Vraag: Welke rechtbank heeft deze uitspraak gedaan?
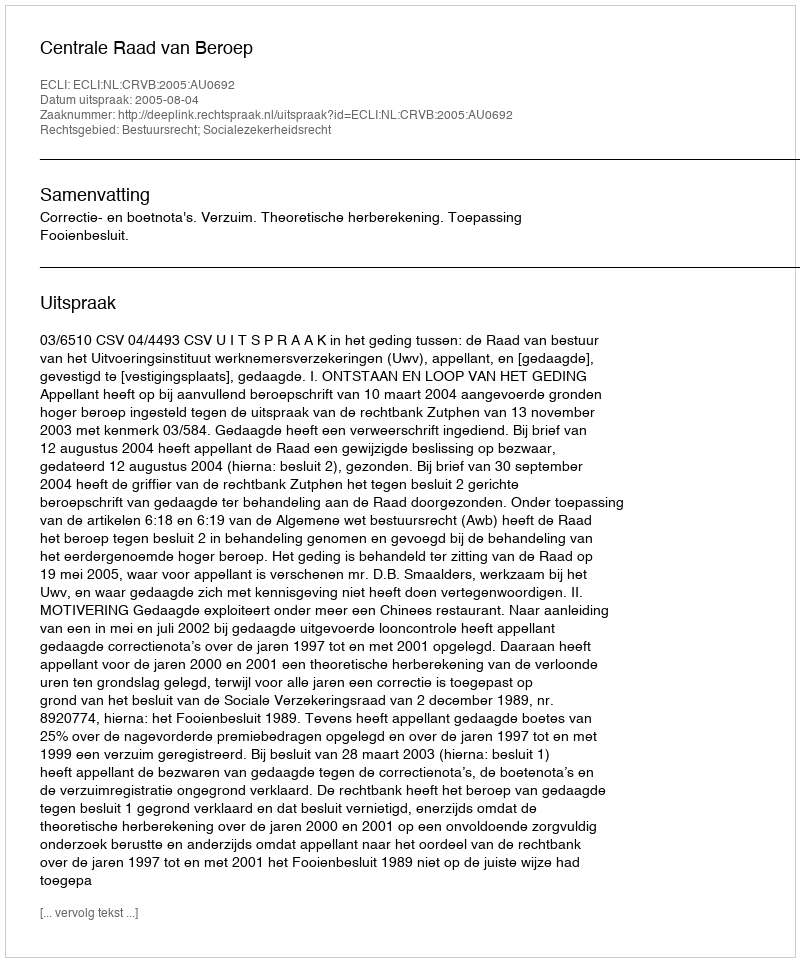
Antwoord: Centrale Raad van Beroep